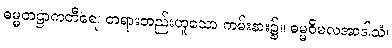
ဓမ္မတဠာကတီရေ၊ တရားတည်းဟူသော ကမ်းနား၌။ ဓမ္မဝိမလအာဒါသံ၊